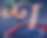
শ